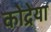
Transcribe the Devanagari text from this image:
कोद्रेया